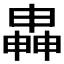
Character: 𬏍